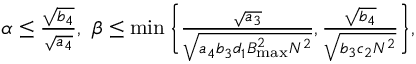
\begin{array} { r } { \alpha \leq \frac { \sqrt { b _ { 4 } } } { \sqrt { a _ { 4 } } } , ~ \beta \leq \operatorname* { m i n } \bigg \{ \frac { \sqrt { a _ { 3 } } } { \sqrt { a _ { 4 } b _ { 3 } d _ { 1 } B _ { \operatorname* { m a x } } ^ { 2 } N ^ { 2 } } } , \frac { \sqrt { b _ { 4 } } } { \sqrt { b _ { 3 } c _ { 2 } N ^ { 2 } } } \bigg \} , } \end{array}